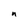
Character: u